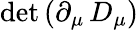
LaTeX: \operatorname*{det}\left(\partial_{\mu}\, D_{\mu}\right)